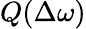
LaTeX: Q(\Delta\omega)